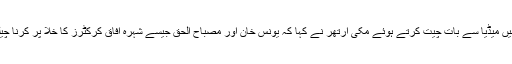
لاہور میں میڈیا سے بات چیت کرتے ہوئے مکی آرتھر نے کہا کہ یونس خان اور مصباح الحق جیسے شہرہ آفاق کرکٹرز کا خلا پُر کرنا چیلنج ہے۔